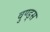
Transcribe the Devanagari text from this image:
वुण्ड्स